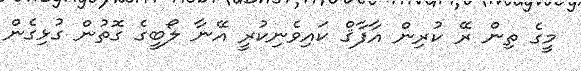
މީގެ ތިން ރޭ ކުރިން އާފާޤް ކައިވެނިކުރީ އޭނާ ލޯބީގެ ގޮތުން ގުޅިގެން